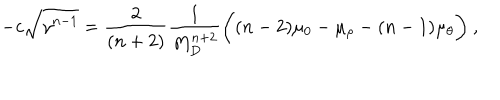
LaTeX: - c \sqrt { \gamma ^ { n - 1 } } = \frac { 2 } { ( n + 2 ) } \frac { 1 } { M _ { D } ^ { n + 2 } } \bigg ( ( n - 2 ) \mu _ { 0 } - \mu _ { \rho } - ( n - 1 ) \mu _ { \theta } \bigg ) ~ ,